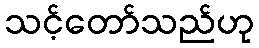
သင့်တော်သည်ဟု